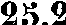
25.2